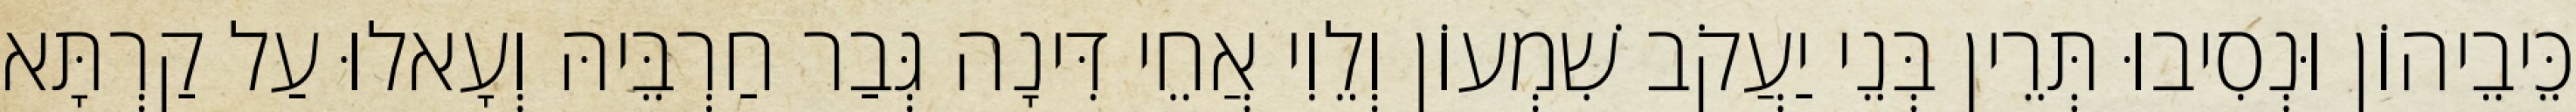
כֵּיבֵיהוֹן וּנְסִיבוּ תְּרֵין בְּנֵי יַעֲקֹב שִׁמְעוֹן וְלֵוִי אֲחֵי דִּינָה גְּבַר חַרְבֵּיהּ וְעָאלוּ עַל קַרְתָּא